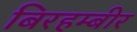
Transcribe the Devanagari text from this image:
बिरहम्बीर